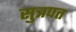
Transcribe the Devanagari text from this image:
सुत्रपत